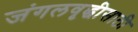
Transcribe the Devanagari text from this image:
जंगलवृद्धीसाठी